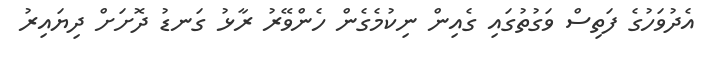
އެދުވަހުގެ ފަތިސް ވަގުތުގައި ގެއިން ނިކުމެގެން ހެންވޭރު ރާޅު ގަނޑު ދޮށަށް ދިޔައިރު